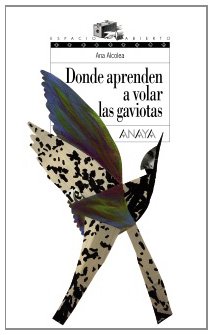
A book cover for Donde aprenden a volar las gaviotas / Where gulls learn to fly (Espacio Abierto) (Spanish Edition); Ana Alcolea; Teen & Young Adult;